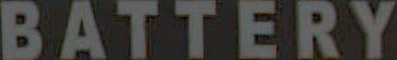
BATTERY